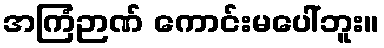
အကြံဉာဏ် ကောင်းမပေါ်ဘူး။